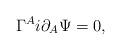
LaTeX: \begin{align*}\Gamma ^Ai\partial _A\Psi =0, \end{align*}